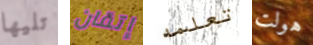
تليها إتقان تعلمه هولت